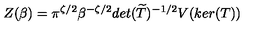
Z ( \beta ) = \pi ^ { \zeta / 2 } \beta ^ { - \zeta / 2 } d e t ( \widetilde { T } ) ^ { - 1 / 2 } V ( k e r ( T ) )